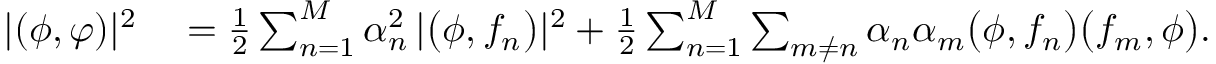
\begin{array} { r l } { | ( \phi , \varphi ) | ^ { 2 } } & { { } = \frac { 1 } { 2 } \sum _ { n = 1 } ^ { M } \alpha _ { n } ^ { 2 } \, | \bigl ( \phi , f _ { n } \bigr ) | ^ { 2 } + \frac { 1 } { 2 } \sum _ { n = 1 } ^ { M } \sum _ { m \neq n } \alpha _ { n } \alpha _ { m } \bigl ( \phi , f _ { n } \bigr ) \bigl ( f _ { m } , \phi \bigr ) . } \end{array}